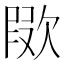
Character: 㰺